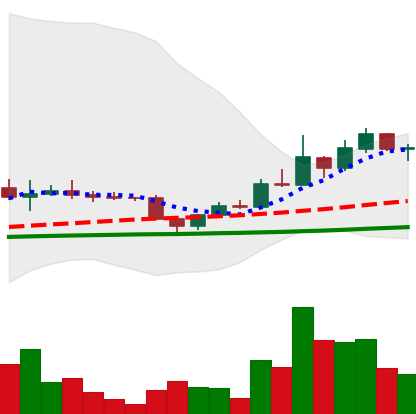
Ticker: DOGE-USD
Chart end date: 2022-12-02
Forward return: -6.231%
Label: down_5_7